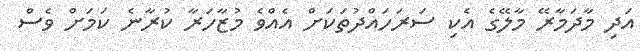
އަދި މާދަމާރޭ މާލޭގެ އެކި ސަރަހައްދުތަކަށް އެއްވެ މުޒާހަރާ ކުރާނެ ކަމަށް ވެސް